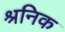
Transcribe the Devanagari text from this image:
श्रनिक